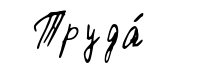
Труда́